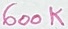
Text: 600K